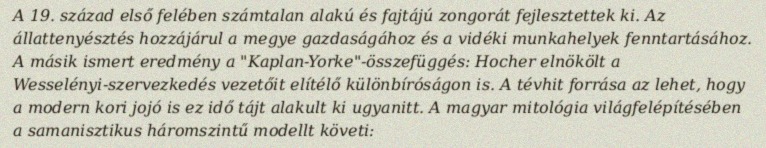
A 19. század első felében számtalan alakú és fajtájú zongorát fejlesztettek ki. Az állattenyésztés hozzájárul a megye gazdaságához és a vidéki munkahelyek fenntartásához. A másik ismert eredmény a "Kaplan-Yorke"-összefüggés: Hocher elnökölt a Wesselényi-szervezkedés vezetőit elítélő különbíróságon is. A tévhit forrása az lehet, hogy a modern kori jojó is ez idő tájt alakult ki ugyanitt. A magyar mitológia világfelépítésében a samanisztikus háromszintű modellt követi: